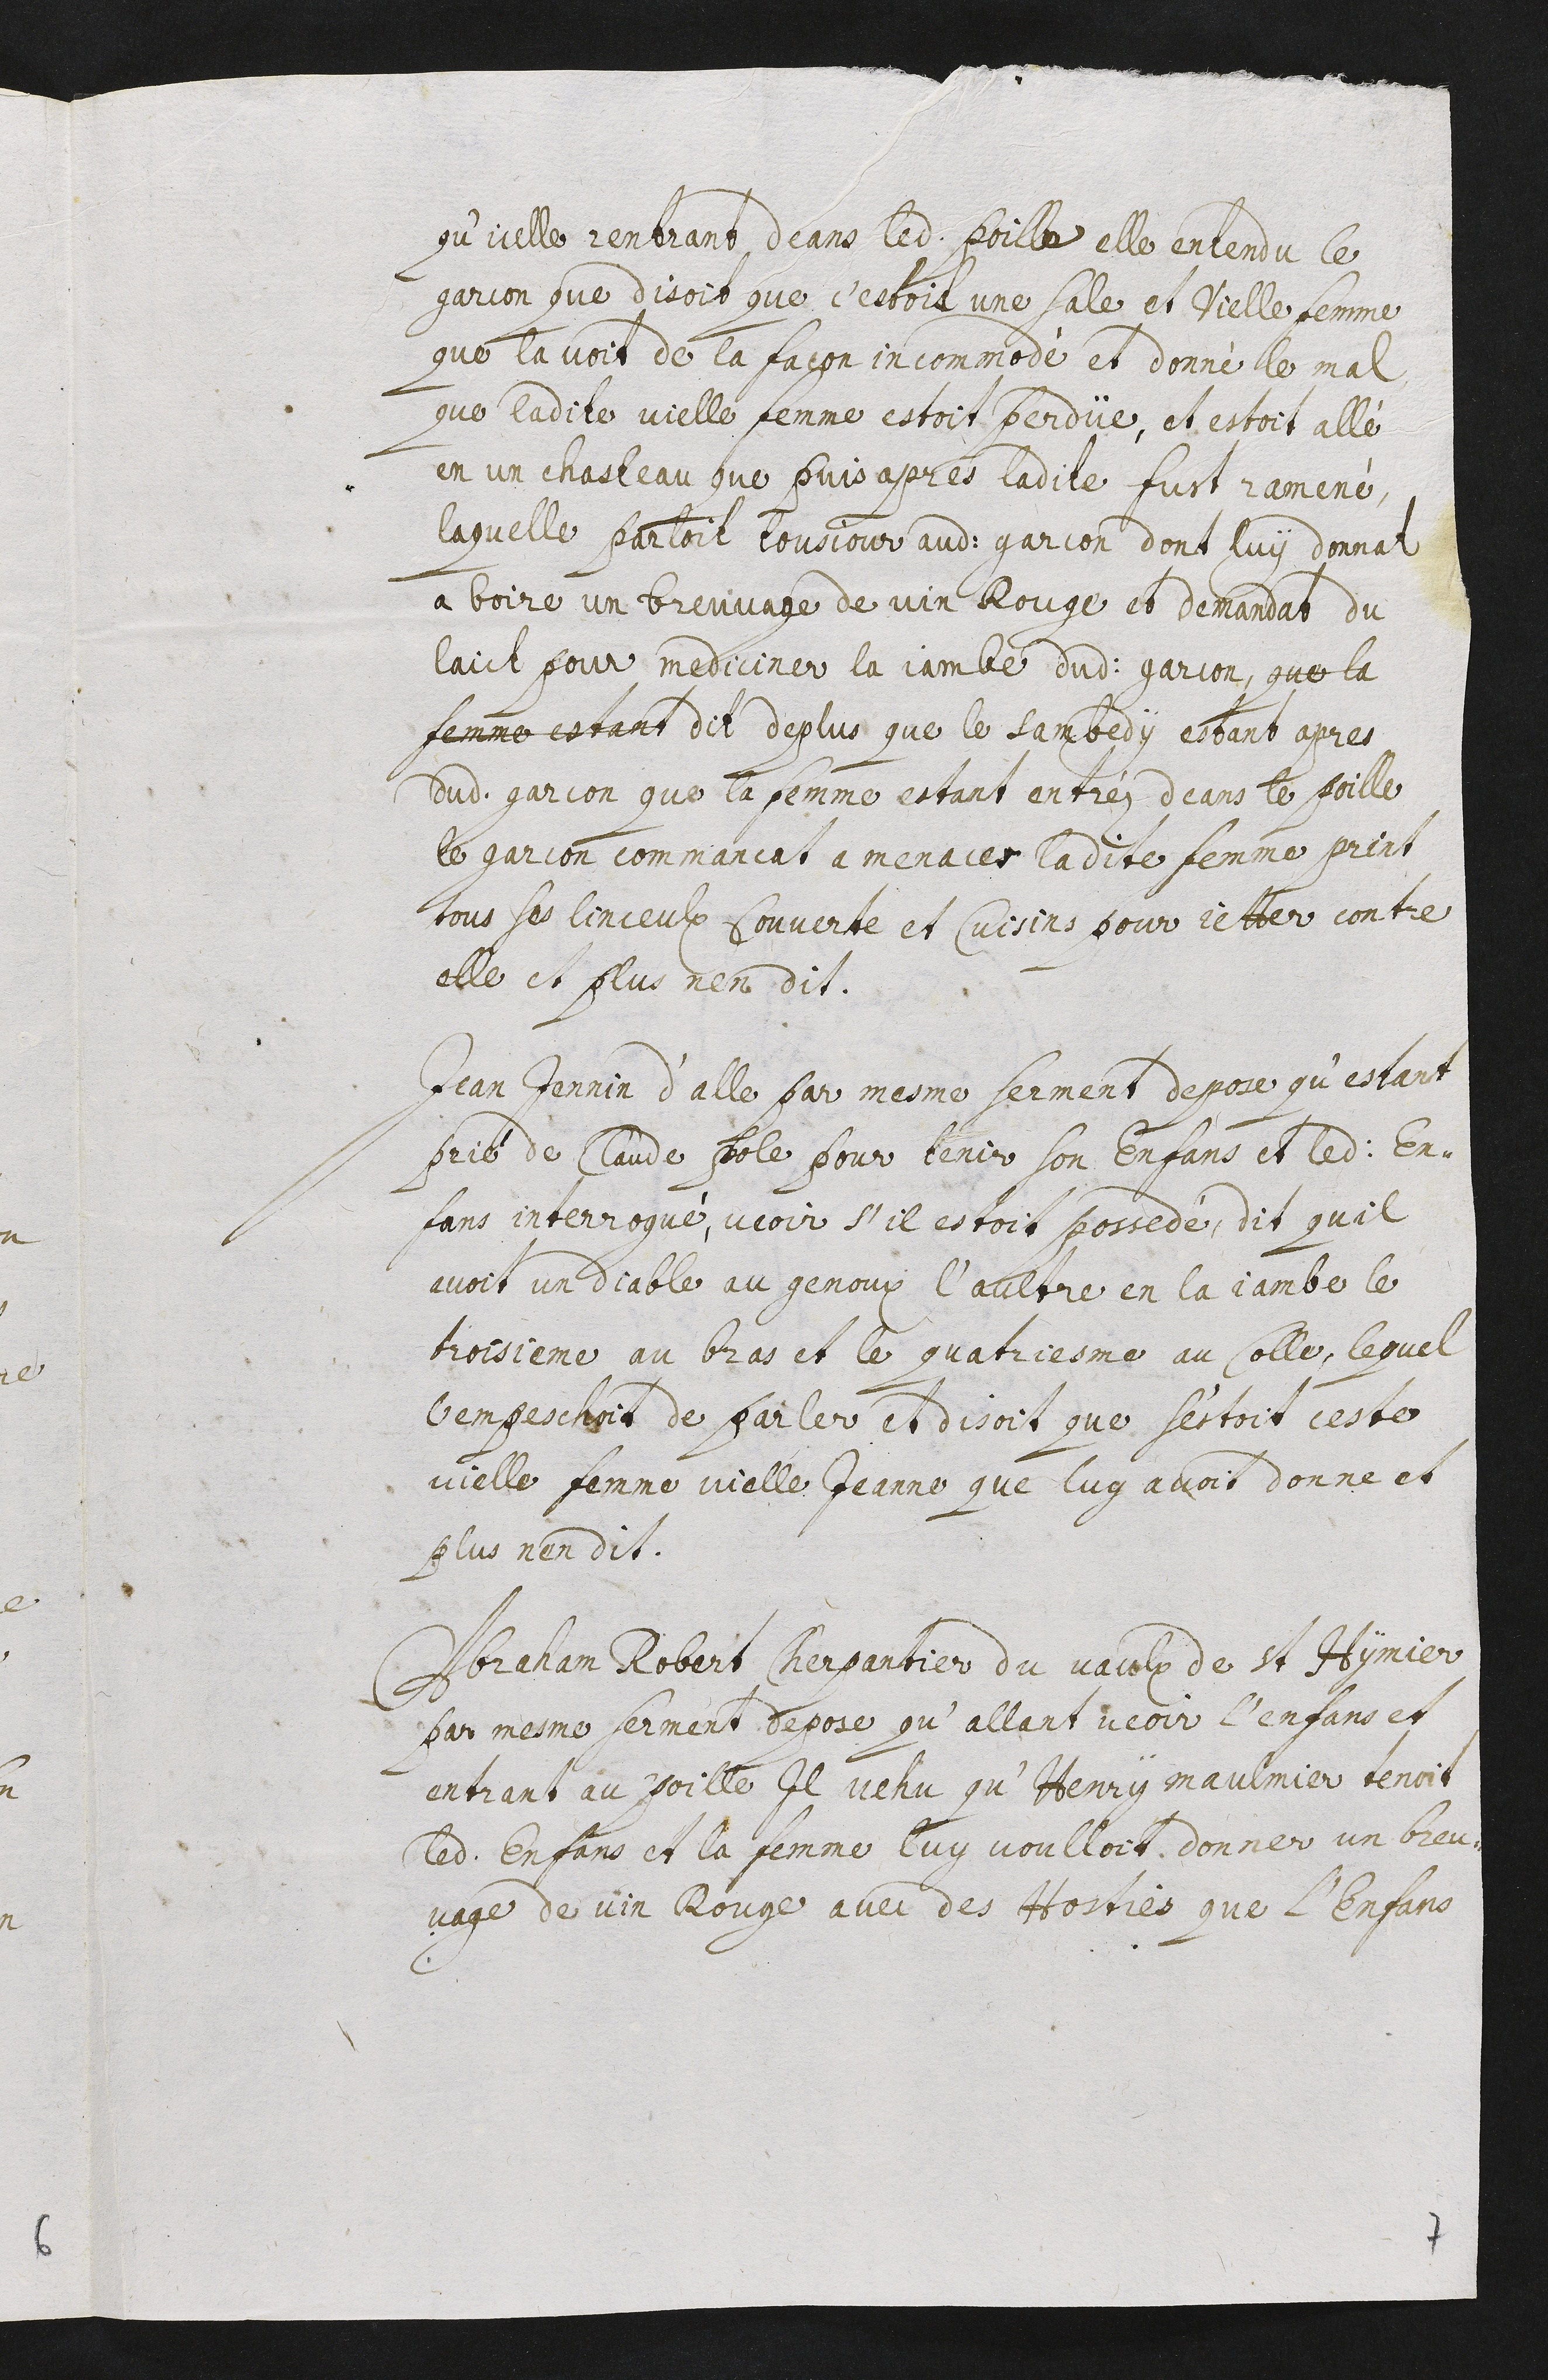
qu’icelle rentrant deans ledit poille elle entendu le
garcon que disoit que c’estoit une sale et vielle femme
que la voit de la facon incommodé et donné le mal
que ladite vielle femme estoit perdüe, et estoit allé
en un chasteau que puis apres ladite fust ramené,
laquelle parloit tousjour audit garcon dont luy donnat
a boire un breuvage de vin rouge et demandat du
laict pour mediciner la jambe dudit garcon que la
femme estant dit de plus que le sambedy estant apres
dudit garcon que la femme estant entréz deans le poille
le garcon commancat a menacer ladite femme print
tous ses linceulx couverte et cuisins pour jetter contre
elle et plus n’en dit.
Jean Jennin d’Alle par mesme serment depose qu’estant
prié de Claude Pole pour tenir son enfans et ledit en-
fans interrogué, veoir s’il estoit possedé, dit qu’il
avoit un diable au genoux, l’aultre en la jambe, le
troisieme au bras et le quatrieme au colle, lequel
l’empeschoit de parler. Et disoit que s’estoit ceste
vielle femme vielle Jeanne que luy avoit donné et
plus n’en dit.
Abraham Robert cherpantier du vaulx de St Hymier
par mesme serment depose qu’allant veoir l’enfans et
entrant au poille il vehu qu’Henry Maulmier tenoit
ledit enfans et la femme luy voulloit donner un breu-
vage de vin rouge avec des horties que l’enfans